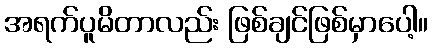
အရက်ပူမိတာလည်း ဖြစ်ချင်ဖြစ်မှာပေါ့။